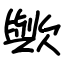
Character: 歟